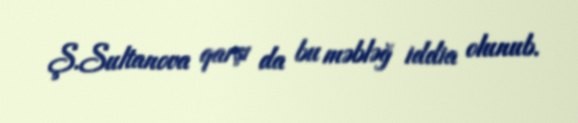
Ş.Sultanova qarşı da bu məbləğ iddia olunub.